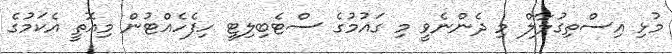
މުޅި އިސްތިގުލާލް މި ދެންނެވީ މި ގައުމުގެ ސްޓެބިލިޓީ ހިފެހެއްޓުން މިއޮތީ އެކަމުގެ